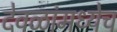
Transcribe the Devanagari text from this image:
देवळांमध्येच